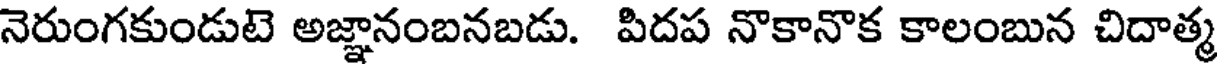
నెరుంగకుండుటె అజ్ఞానంబనబడు. పిదప నొకానొక కాలంబున చిదాత్మ